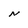
Character: N